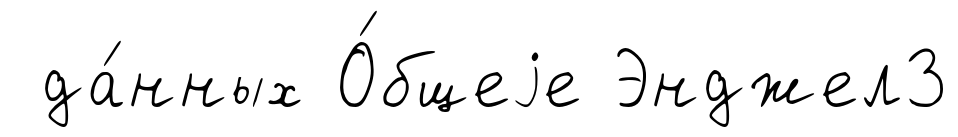
да́нных О́бщеjе Энджел3